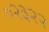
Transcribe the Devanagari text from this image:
०२३२२